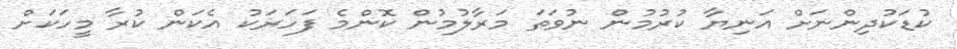
ކުޑަކުދިންނަށް އަނިޔާ ކުރުމުން ނުވަތަ މަރާލުމުން ކޮންމެ ފަހަރަކު އެކަން ކުރާ މީހަކަށް